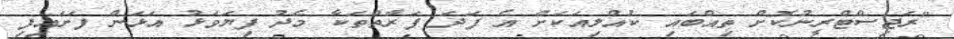
"ރަޖިސްޓްރީނުކޮށް ތިއްބައި ކުއްލިއަކަށް އެ ފަދަ ފަރާތްތަކާ މެދު ފިޔަވަޅު އަޅަން ފަށައިފި